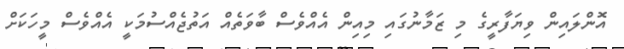
އޮންލައިން ވިޔަފާރީގެ މި ޒަމާނުގައި މިއިން އެއްވެސް ބާވަތެއް އަތުޖެއްސުމަކީ އެއްވެސް މީހަކަށް